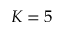
K = 5